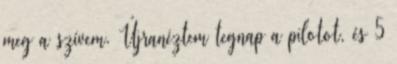
meg a szívem. Újranéztem tegnap a pilotot, és 5